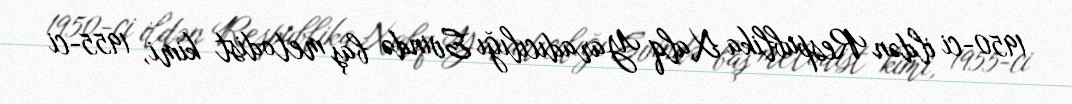
1950-ci ildən Respublika Xalq Yaradıcılığı Evində baş metodist kimi, 1955-ci